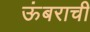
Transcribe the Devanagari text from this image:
ऊंबराची